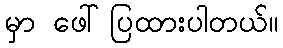
မှာ ဖေါ်ပြထားပါတယ်။